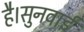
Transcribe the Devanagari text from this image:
है।सुनवाई